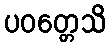
ပဝတ္တေသိ